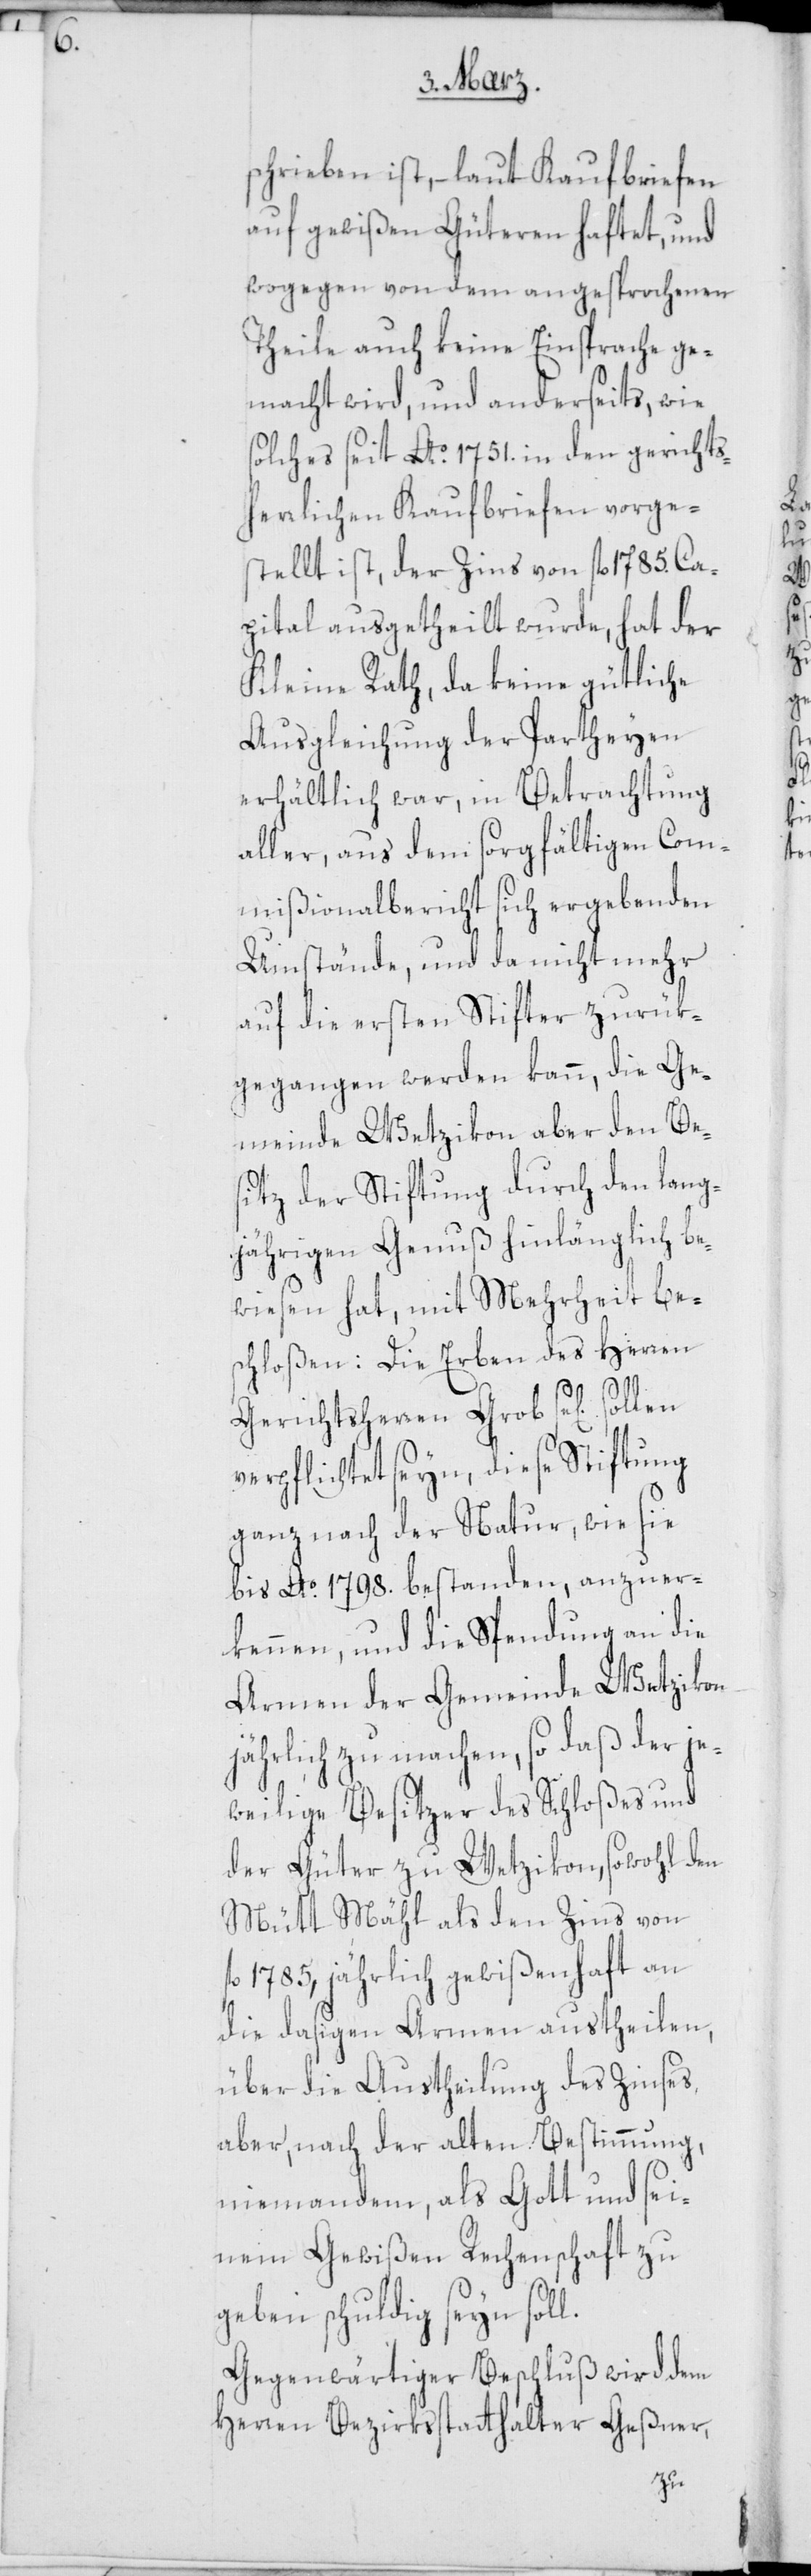
schrieben ist, – laut Kaufbriefen
auf gewißen Güteren haftet, und
wogegen von dem angesprochenen
Theile auch keine Einsprache ge¬
macht wird, und anderseits, wie
solches seit Ao. 1751. in den gerichts¬
herrlichen Kaufbriefen vorge¬
stellt ist, der Zins von fl. 1785. Ca¬
pital ausgetheilt wurde, hat der
Kleine Rath, da keine gütliche
Ausgleichung der Partheyen
erhältlich war, in Betrachtung
aller, aus dem sorgfältigen Com¬
mißionalbericht sich ergebenden
Umstände, und da nicht mehr
auf die ersten Stifter zurük¬
gegangen werden kann, die Ge¬
meinde Wetzikon aber den Be¬
sitz der Stiftung durch den lang¬
jährigen Genuß hinlänglich be¬
wiesen hat, mit Mehrheit be¬
schloßen: Die Erben des Herren
Gerichtsherren Grob se[lig]
verpflichtet seyn, diese Stiftung
ganz nach der Natur, wie sie
bis Ao. 1798. bestanden, anzuer¬
kennen, und die Spendung an die
Armen der Gemeinde Wetzikon
jährlich zu machen, so daß der je¬
weilige Besitzer des Schloßes und
der Güter zu Wetzikon, sowohl den
Mütt Mähl als den Zins von
1785, jährlich gewißenhaft an
die dasigen Armen austheilen,
über die Austheilung des Zinses
aber, nach der alten Bestimmung,
niemandem, als Gott und sei¬
nem Gewißen Rechenschaft zu
geben schuldig seyn soll.
Gegenwärtiger Beschluß wird dem
Herren Bezirksstatthalter Geßner,